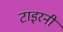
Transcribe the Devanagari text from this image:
टाइरनी